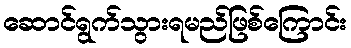
ဆောင်ရွက်သွားရမည်ဖြစ်ကြောင်း